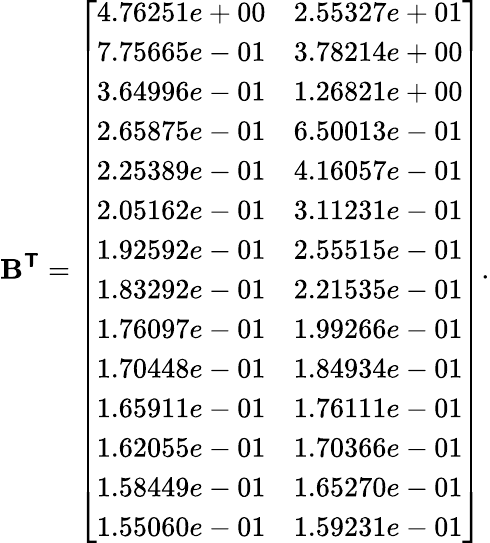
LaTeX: \mathbf{B}^{\boldsymbol{\mathsf{{T}}}}=\left[\begin{array}{ll}{4.76251e+00}&{2.55327e+01}\\ {7.75665e-01}&{3.78214e+00}\\ {3.64996e-01}&{1.26821e+00}\\ {2.65875e-01}&{6.50013e-01}\\ {2.25389e-01}&{4.16057e-01}\\ {2.05162e-01}&{3.11231e-01}\\ {1.92592e-01}&{2.55515e-01}\\ {1.83292e-01}&{2.21535e-01}\\ {1.76097e-01}&{1.99266e-01}\\ {1.70448e-01}&{1.84934e-01}\\ {1.65911e-01}&{1.76111e-01}\\ {1.62055e-01}&{1.70366e-01}\\ {1.58449e-01}&{1.65270e-01}\\ {1.55060e-01}&{1.59231e-01}\end{array}\right].